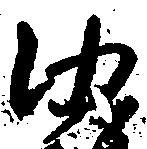
沙